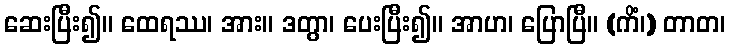
ဆေးပြီး၍။ ထေရဿ၊ အား။ ဒတွာ၊ ပေးပြီး၍။ အာဟ၊ ပြောပြီ။ (ကိံ၊) တာတ၊